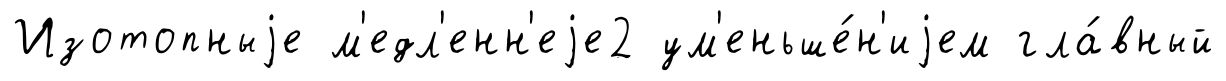
Изотопныjе м'едл'енн'еjе2 ум'еньше́н'иjем гла́вный